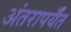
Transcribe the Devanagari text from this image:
अंतरापर्यँत